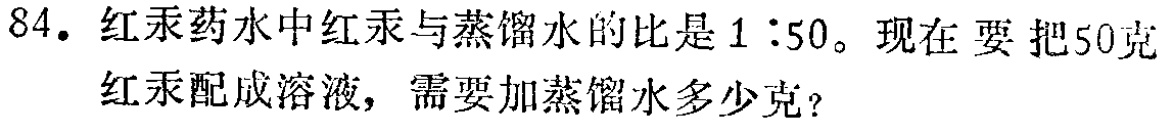
84. 红汞药水中红汞与蒸馏水的比是$1:50$。现在要把50克红汞配成溶液，需要加蒸馏水多少克？